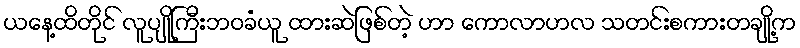
ယနေ့ထိတိုင် လူပျိုကြီးဘဝခံယူ ထားဆဲဖြစ်တဲ့ ဟာ ကောလာဟလ သတင်းစကားတချို့က